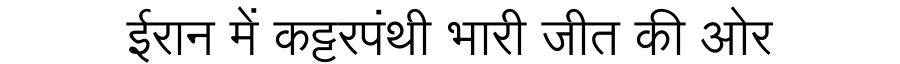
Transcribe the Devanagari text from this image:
ईरान में कट्टरपंथी भारी जीत की ओर